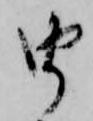
由